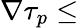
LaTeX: \nabla\tau_{p}\leq